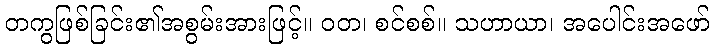
တကွဖြစ်ခြင်း၏အစွမ်းအားဖြင့်။ ဝတ၊ စင်စစ်။ သဟာယာ၊ အပေါင်းအဖော်